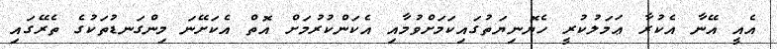
އެއީ އޭނާ އެކުރާ ޢަމަލުކުރީ ހެޔޮނިޔަތުގައިކަމަށްވުމާއި އެކަންކުރުމަށް އޮތް އެކަށޭނަ މިންގަނޑުތަކުގެ ތެރޭގައި